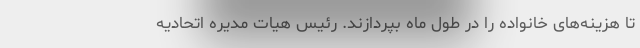
تا هزینه‌های خانواده را در طول ماه بپردازند. رئیس هیات مدیره اتحادیه